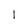
Character: I